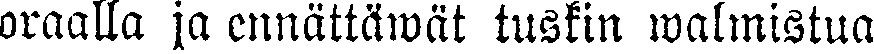
oraalla ja ennättäwät tuskin walmistua